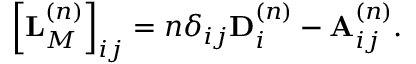
\begin{array} { r } { \left[ \mathbf { L } _ { M } ^ { \left( n \right) } \right] _ { i j } = n \delta _ { i j } \mathbf { D } _ { i } ^ { \left( n \right) } - \mathbf { A } _ { i j } ^ { \left( n \right) } . } \end{array}